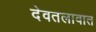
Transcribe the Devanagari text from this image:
देवतलावात